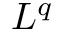
L ^ { q }